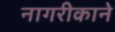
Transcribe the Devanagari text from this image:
नागरीकाने